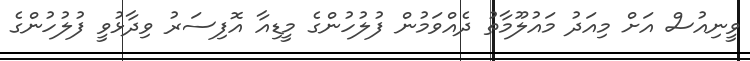
ވީނިއުސް އަށް މިއަދު މައުލޫމާތު ދެއްވަމުން ފުލުހުންގެ މީޑިއާ އޮފިސަރު ވިދާޅުވީ ފުލުހުންގެ